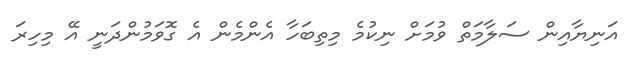
އަނިޔާއިން ސަލާމަތް ވުމަށް ނިކުމެ މިތިބަހާ އެންމެން އެ ގޮވަމުންދަނީ އޭ މިހިރަ